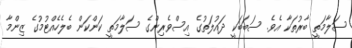
ސަލާމަތީ ބާރުތަކާ އެވެ. ސަބަބަކީ ދައުލަތުގެ އިސްވެރިންގެ ސަލާމަތީ ކަންކަން ބެލެހެއްޓުމުގެ ޒިންމާ